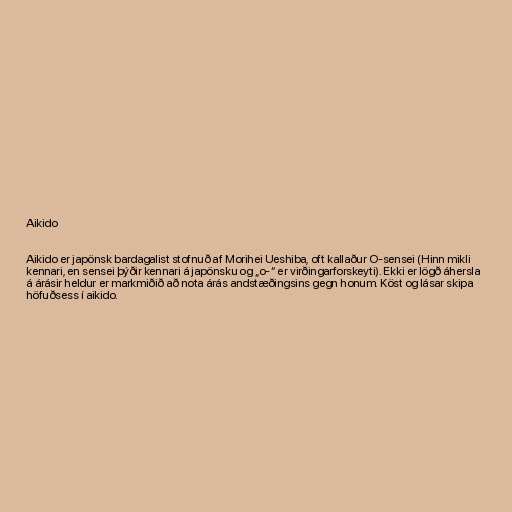
Aikido

Aikido er japönsk bardagalist stofnuð af Morihei Ueshiba, oft kallaður O-sensei (Hinn mikli
kennari, en sensei þýðir kennari á japönsku og „o-“ er virðingarforskeyti). Ekki er lögð áhersla
á árásir heldur er markmiðið að nota árás andstæðingsins gegn honum. Köst og lásar skipa
höfuðsess í aikido.